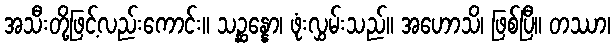
အသီးတို့ဖြင့်လည်းကောင်း။ သဉ္ဆန္နော၊ ဖုံးလွှမ်းသည်။ အဟောသိ၊ ဖြစ်ပြီ။ တဿာ၊